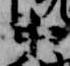
中